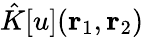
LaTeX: \hat{K}[u]({\mathbf{r}_{1}},{\mathbf{r}_{2}})